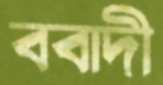
ববাদী